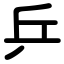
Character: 乒